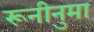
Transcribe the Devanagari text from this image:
रूनीनुमा